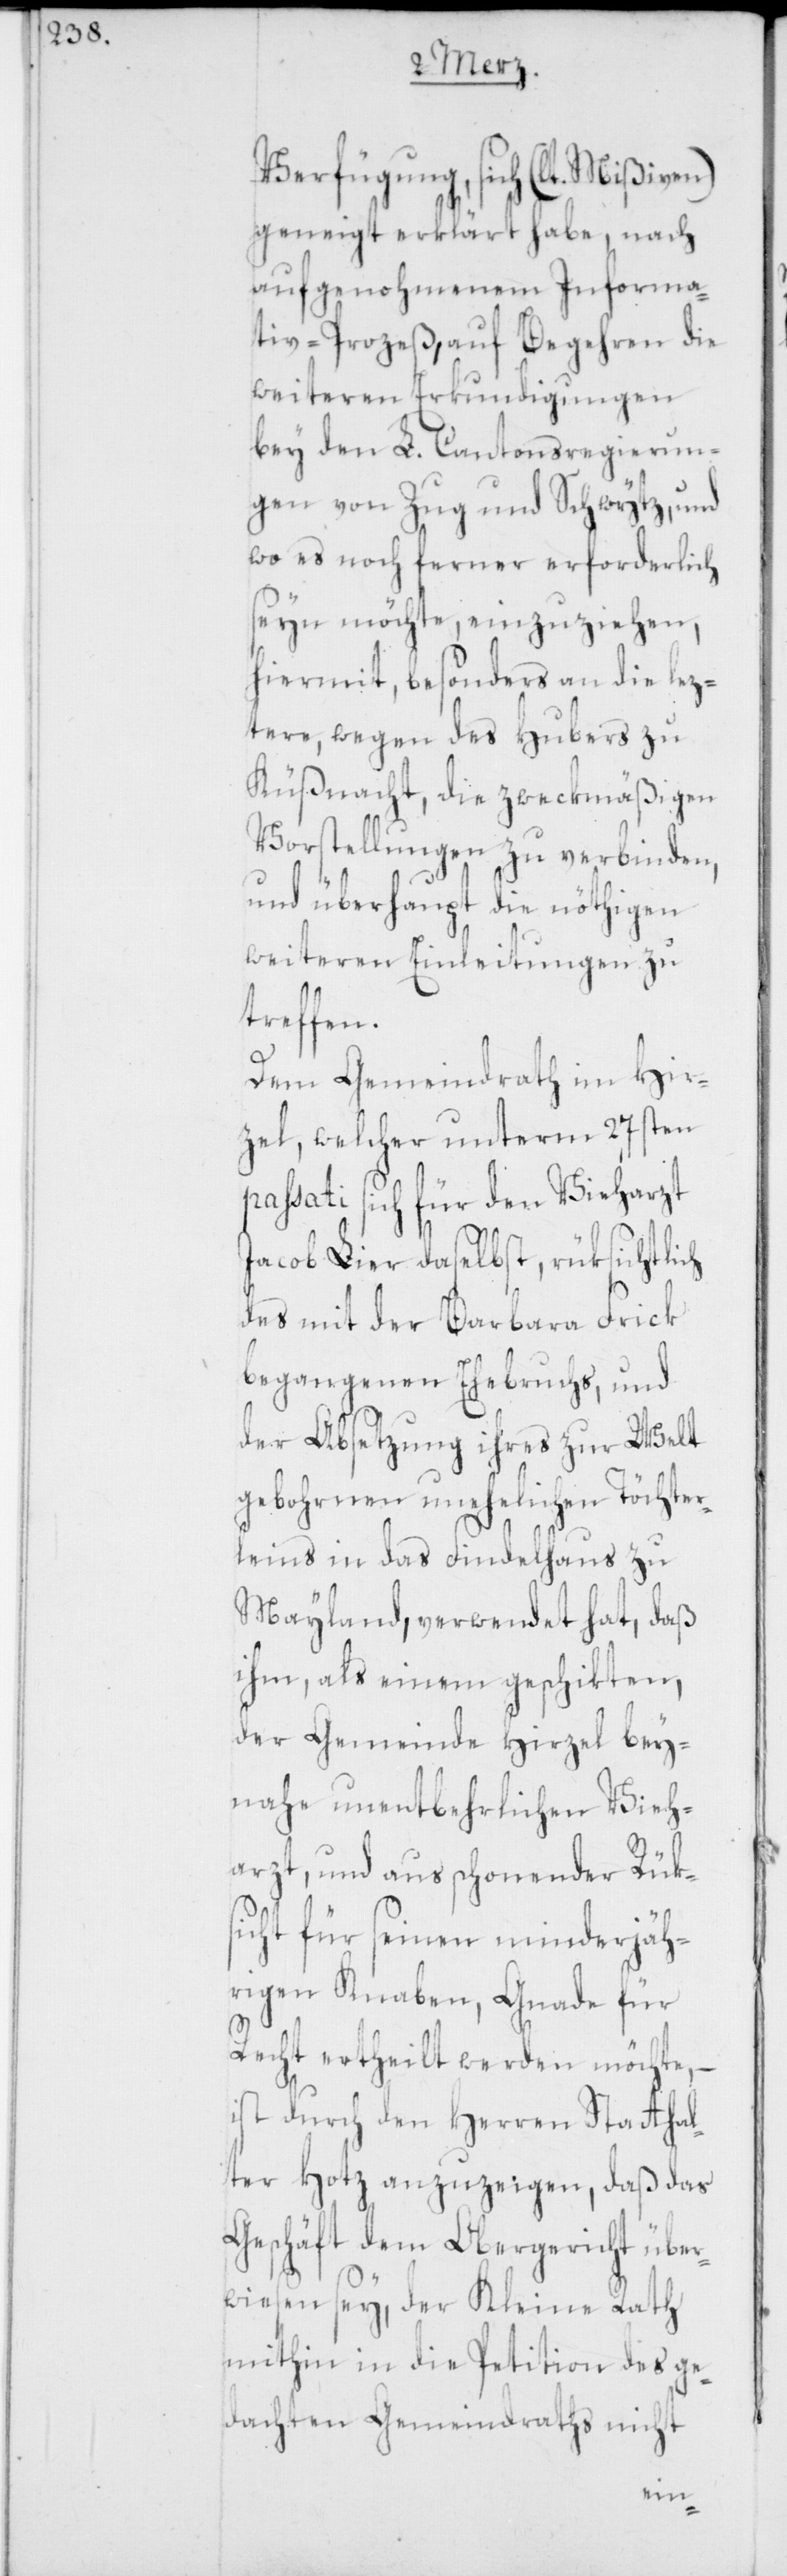
Verfügung, sich (lt. Mißiven)
geneigt erklärt habe, nach
aufgenohmenem Informa¬
tiv-Prozeß, auf Begehren die
weiteren Erkundigungen
bey den L. Cantonsregierun¬
gen von Zug und Schwytz, und
wo es noch ferner erforderlich
sein möchte, einzuziehen,
hiermit, besonders an die lez¬
tere, wegen des Hubers zu
Küßnacht, die zweckmäßigen
Vorstellungen zu verbinden,
und überhaupt die nöthigen
weiteren Einleitungen zu
treffen.
Dem Gemeindrath im Hir¬
zel, welcher unterm 27sten
passati sich für den Vieharzt
Jacob Lier daselbst, rüksichtlich
des mit der Barbara Frick
begangenen Ehebruchs, und
der Absetzung ihres zur Welt
gebohrnen unehelichen Töchter¬
leins in das Findelhaus zu
Mayland, verwendet hat, daß
ihm, als einem geschikten,
der Gemeinde Hirzel bey¬
nahe unentbehrlichen Vieh¬
arzt, und aus schonender Rüks¬
icht für seinen minderjäh¬
rigen Knaben, Gnade für
Recht ertheilt werden möchte, –
ist durch den Herren Statthal¬
ter Hotz anzuzeigen, daß das
Geschäft dem Obergericht über¬
wiesen sey, der Kleine Rath
mithin in die Petition des ge¬
dachten Gemeindraths nicht